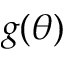
g ( \theta )